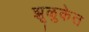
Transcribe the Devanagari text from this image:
झूळुकेत